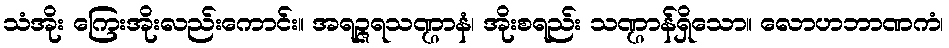
သံအိုး ကြေးအိုးလည်းကောင်း။ အရဉ္ဇရသဏ္ဌာနံ၊ အိုးစရည်း သဏ္ဌာန်ရှိသော။ လောဟဘာဏကံ၊